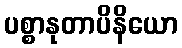
ပစ္စာနုတာပိနိယော